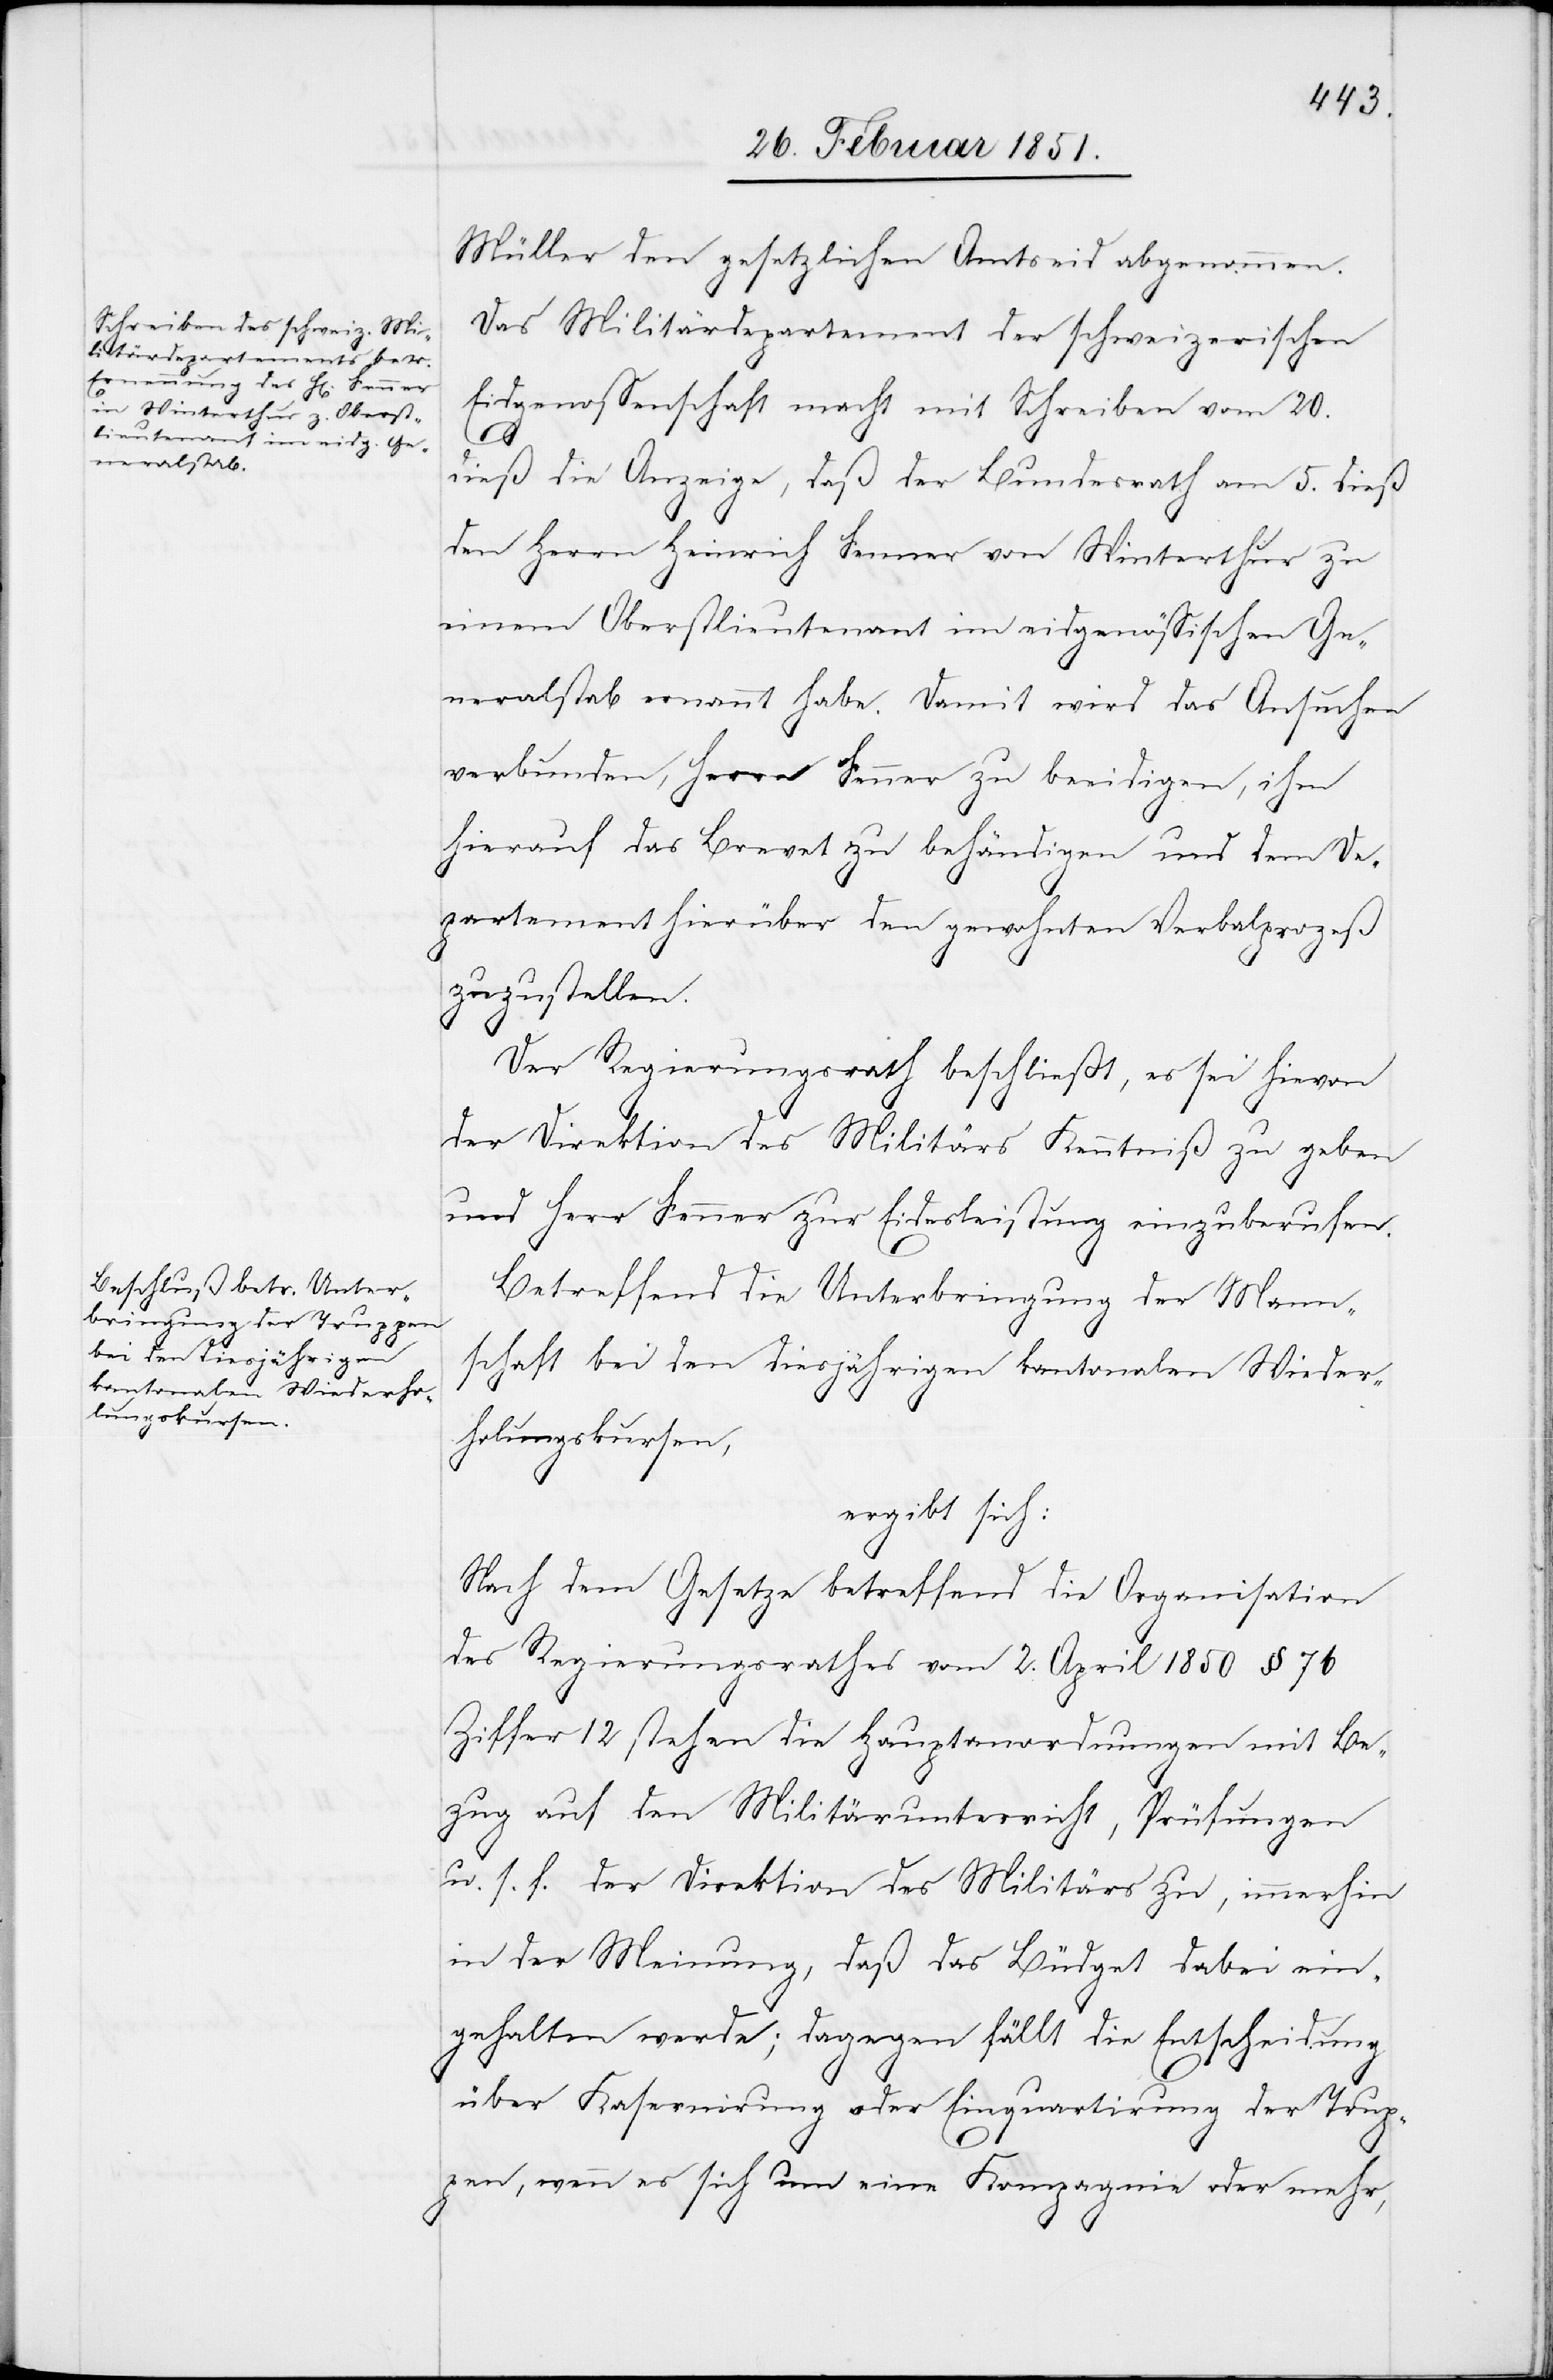
Müller den gesetzlichen Amtseid abgenommen.
Das Militärdepartement der schweizerischen
Eidgenossenschaft macht mit Schreiben vom 20.
dieß die Anzeige, daß der Bundesrath am 5. dieß
den Herrn Heinrich Fenner von Winterthur zu
einem Oberstlieutenant im eidgenössischen Ge¬
neralstab ernannt habe. Damit wird das Ansuchen
verbunden, Herrn Fenner zu beeidigen, ihm
hierauf das Brevet zu behändigen und dem De¬
partement hierüber den gewohnten Verbalprozeß
zuzustellen.
Der Regierungsrath beschließt, es sei hievon
der Direktion des Militärs Kenntniß zu geben
und Herr Fenner zur Eidesleistung einzuberufen.
Betreffend die Unterbringung der Mann¬
schaft bei den diesjährigen kantonalen Wieder¬
holungskursen,
ergibt sich:
Nach dem Gesetze betreffend die Organisation
des Regierungsrathes vom 2. April 1850 § 76
Ziffer 12 stehen die Hauptanordnungen mit Be¬
zug auf den Militärunterricht, Prüfungen
u. s. f. der Direktion des Militärs zu, immerhin
in der Meinung, daß das Büdget dabei ein¬
gehalten werde; dagegen fällt die Entscheidung
über Kasernirung oder Einquartirung der Trup¬
pen, wenn es sich um eine Kompagnie oder mehr,